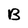
Character: B